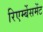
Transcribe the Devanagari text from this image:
रिएर्म्बेसमेंट